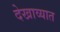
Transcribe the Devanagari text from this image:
देखाव्यात